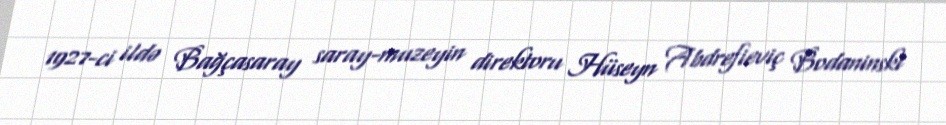
1927-ci ildə Bağçasaray saray-muzeyin direktoru Hüseyn Abdrefieviç Bodaninski